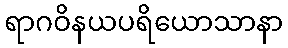
ရာဂဝိနယပရိယောသာနာ